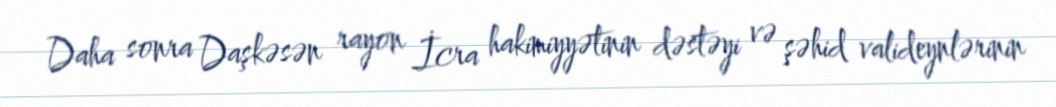
Daha sonra Daşkəsən rayon İcra hakimiyyətinin dəstəyi və şəhid valideynlərinin